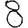
Digit: 8